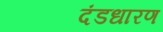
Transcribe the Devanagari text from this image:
दंडधारण